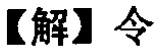
【解】令